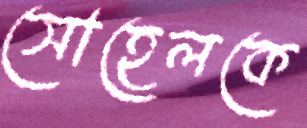
সোহেলকে